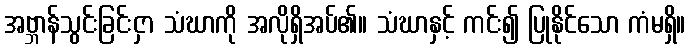
အဗ္ဘာန်သွင်းခြင်းငှာ သံဃာကို အလိုရှိအပ်၏။ သံဃာနှင့် ကင်း၍ ပြုနိုင်သော ကံမရှိ။